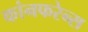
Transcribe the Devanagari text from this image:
कांनफरेन्स